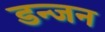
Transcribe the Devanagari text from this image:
डन्जन